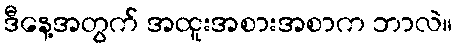
ဒီနေ့အတွက် အထူးအစားအစာက ဘာလဲ။